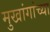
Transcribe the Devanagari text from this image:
मुखांगांच्या